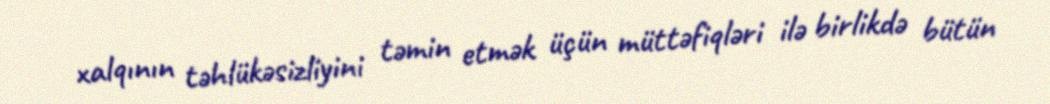
xalqının təhlükəsizliyini təmin etmək üçün müttəfiqləri ilə birlikdə bütün